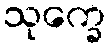
သုက္ခေ